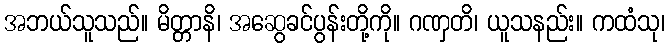
အဘယ်သူသည်။ မိတ္တာနိ၊ အဆွေခင်ပွန်းတို့ကို။ ဂဏှတိ၊ ယူသနည်း။ ကထံသု၊